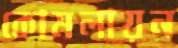
কোমলায়ন